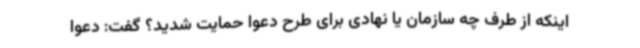
اینکه از طرف چه سازمان یا نهادی برای طرح دعوا حمایت شدید؟ گفت: دعوا